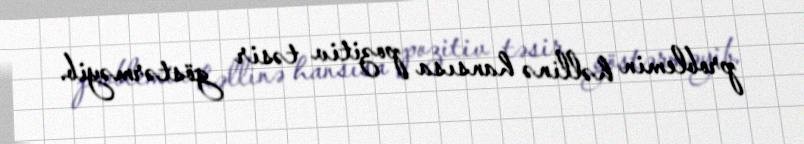
problemin həllinə hansısa pozitiv təsir göstərməyib.